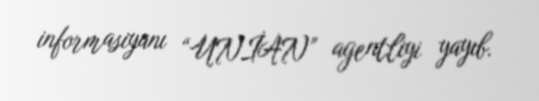
informasiyanı “UNİAN” agentliyi yayıb.